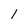
Character: 1